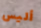
أليس